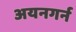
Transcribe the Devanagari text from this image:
अयनगर्न